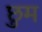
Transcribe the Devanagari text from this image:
छुम